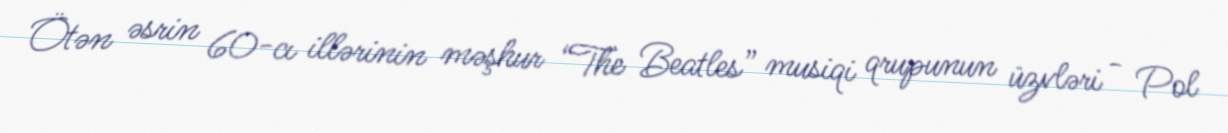
Ötən əsrin 60-cı illərinin məşhur “The Beatles” musiqi qrupunun üzvləri - Pol